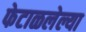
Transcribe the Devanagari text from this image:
फेटाळलेल्या